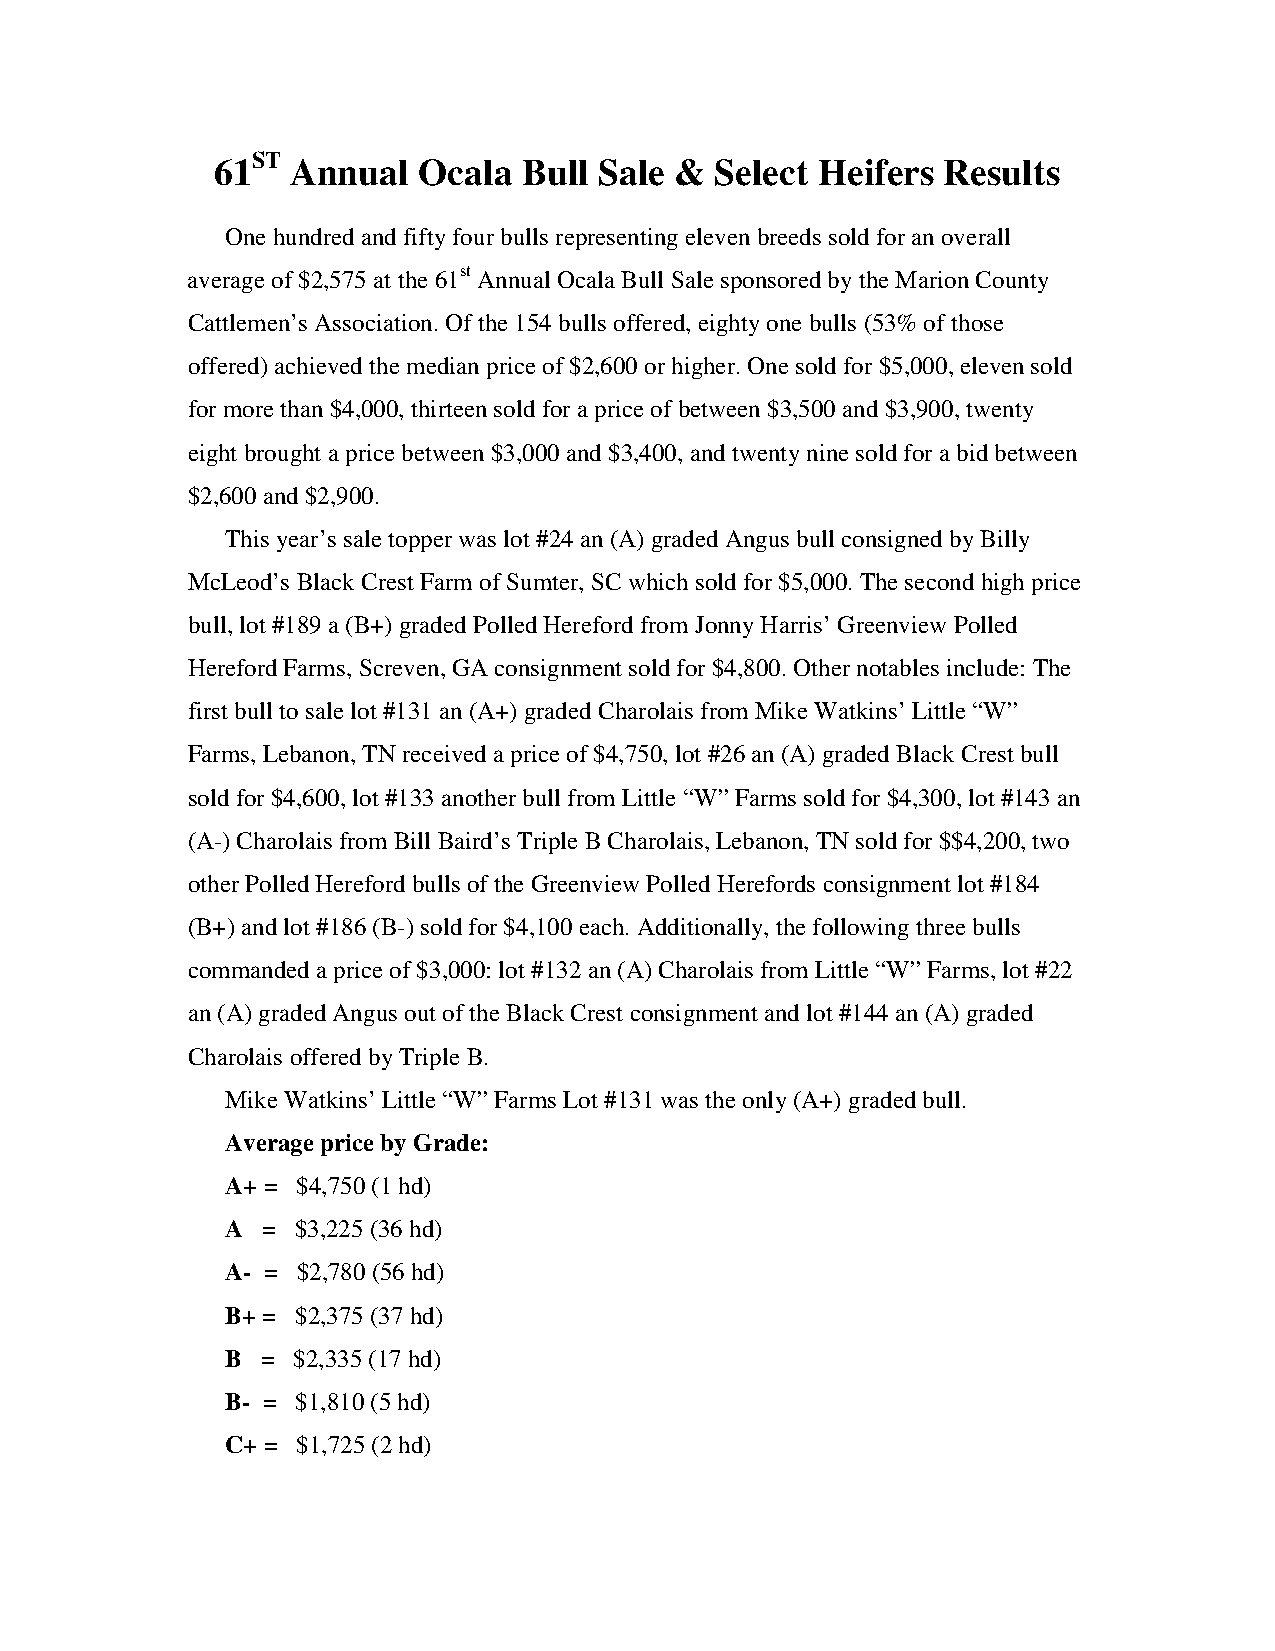
61ST Annual   Ocala  Bull Sale & Select Heifers Results
 One hundred and fifty four bulls representing eleven breeds sold for an overall
 average of $2,575 at the 61st Annual Ocala Bull Sale sponsored by the Marion County
 Cattlemen’s Association. Of the 154 bulls offered, eighty one bulls (53% of those
 offered) achieved the median price of $2,600 or higher. One sold for $5,000, eleven sold
 for more than $4,000, thirteen sold for a price of between $3,500 and $3,900, twenty
 eight brought a price between $3,000 and $3,400, and twenty nine sold for a bid between
 $2,600 and $2,900.
 This year’s sale topper was lot #24 an (A) graded Angus bull consigned by Billy
 McLeod’s Black Crest Farm of Sumter, SC which sold for $5,000. The second high price
 bull, lot #189 a (B+) graded Polled Hereford from Jonny Harris’ Greenview Polled
 Hereford Farms, Screven, GA consignment sold for $4,800. Other notables include: The
 first bull to sale lot #131 an (A+) graded Charolais from Mike Watkins’ Little “W”
 Farms, Lebanon, TN received a price of $4,750, lot #26 an (A) graded Black Crest bull
 sold for $4,600, lot #133 another bull from Little “W” Farms sold for $4,300, lot #143 an
 (A-) Charolais from Bill Baird’s Triple B Charolais, Lebanon, TN sold for $$4,200, two
 other Polled Hereford bulls of the Greenview Polled Herefords consignment lot #184
 (B+) and lot #186 (B-) sold for $4,100 each. Additionally, the following three bulls
 commanded a price of $3,000: lot #132 an (A) Charolais from Little “W” Farms, lot #22
 an (A) graded Angus out of the Black Crest consignment and lot #144 an (A) graded
 Charolais offered by Triple B.
 Mike Watkins’ Little “W” Farms Lot #131 was the only (A+) graded bull.
 Average price by Grade:
 A+ = $4,750 (1 hd)
 A = $3,225 (36 hd)
 A- = $2,780 (56 hd)
 B+ = $2,375 (37 hd)
 B = $2,335 (17 hd)
 B- = $1,810 (5 hd)
 C+ = $1,725 (2 hd)